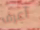
أعرف